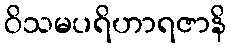
ဝိသမပရိဟာရဇာနိ